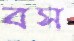
বস